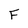
Character: F